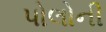
પોલોની